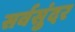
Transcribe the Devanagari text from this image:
सर्वसुंदर